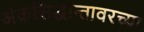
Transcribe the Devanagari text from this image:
अंकसिद्धान्तावरच्या